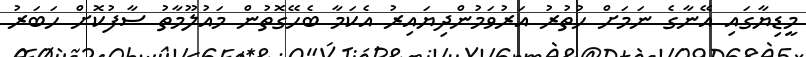
މީޑިޔާގައި އޭނާގެ ނަމަށް ހުތުރު އަރުވަމުންދިޔައިރު އެކަމާ ބެހޭގޮތުން މައުލޫމާތު ސާފުކޮށް ހަބަރު